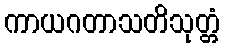
ကာယဂတာသတိသုတ္တံ